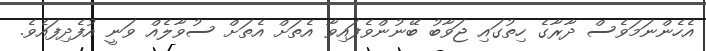
އެހެންނަމަވެސް ދާރާގެ ހިތުގައި ޖަވާބު ބޭނުންވެފައިވާ އެތަށް އެތަށް ސުވާލެއް ވަނީ އުފެދިފައެވެ.